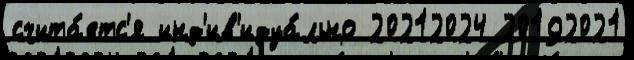
счита́етс'я инд'ив'идуа́льно 20212024 20192021